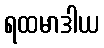
ရထမာဒါယ